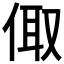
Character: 𠉧